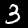
Digit: 3